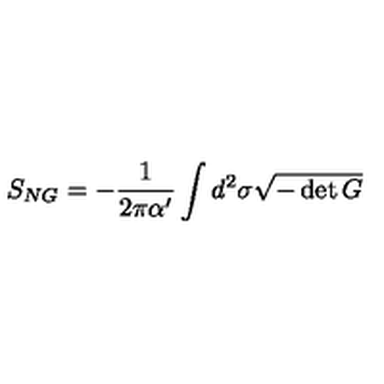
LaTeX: S _ { N G } = - { \frac { 1 } { 2 \pi \alpha ^ { \prime } } } \int d ^ { 2 } \sigma \sqrt { - \det G }